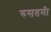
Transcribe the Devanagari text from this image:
रुसतमी